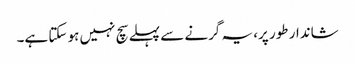
شاندار طور پر، یہ گرنے سے پہلے سچ نہیں ہو سکتا ہے۔